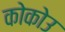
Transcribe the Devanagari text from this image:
कोकोउ